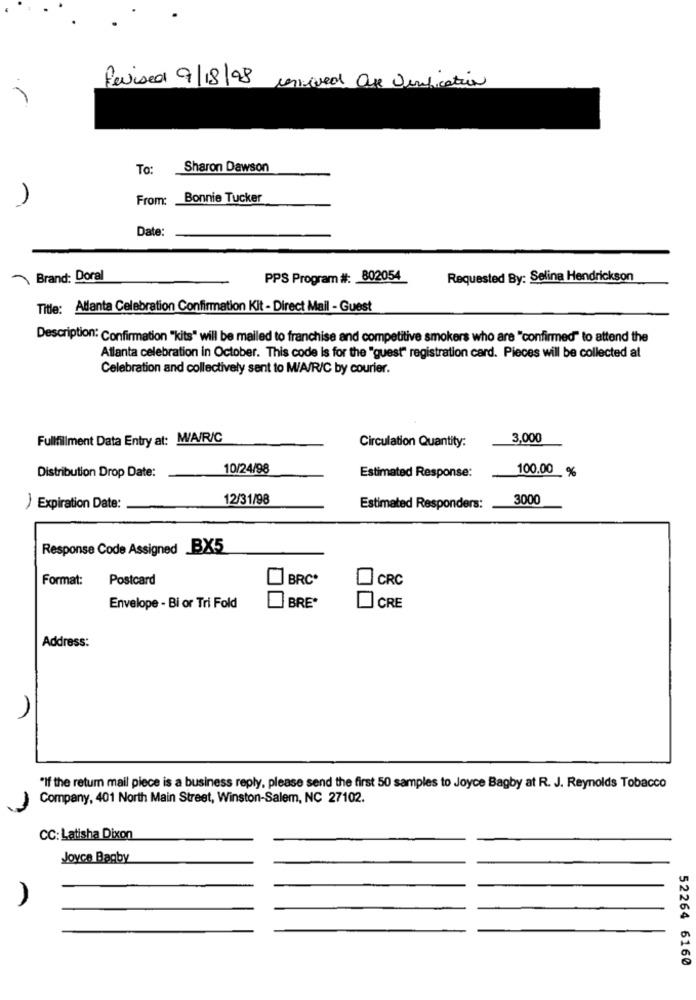
Revised 9/18/98 uneved age Verification
To:
Sharon Dawson
)
From:
Bonnie Tucker
Date:
Brand: Doral
PPS Program #: 802054
Requested By: Selina Hendrickson
Title: Allanta Celebration Confirmation Kit - Direct Mail - Guest
Description: Confirmation "kits" will be mailed to franchise and competitive smokers who are "confirmed" to attend the
Atlanta celebration in October. This code is for the "quest" registration card. Pieces will be collected at
Celebration and collectively sent to MW/A/R/C by courier.
Fullfillment Data Entry at: M/A/R/C
Circulation Quantity:
3,000
Distribution Drop Date:
10/24/98
Estimated Response:
100.00 %
12/31/98
3000
) Expiration Date:
Estimated Responders:
Response Code Assigned BX5
Format:
Postcard
BRC*
CRC
BRE*
Envelope - Bi or Tri Fold
CRE
Address:
"If the retum mail piece is a business reply, please send the first 50 samples to Joyce Bagby at R. J. Reynolds Tobacco
Company, 401 North Main Street, Winston-Salem, NC 27102.
CC: Latisha Dixon
Joyce Bagby
52264 6160